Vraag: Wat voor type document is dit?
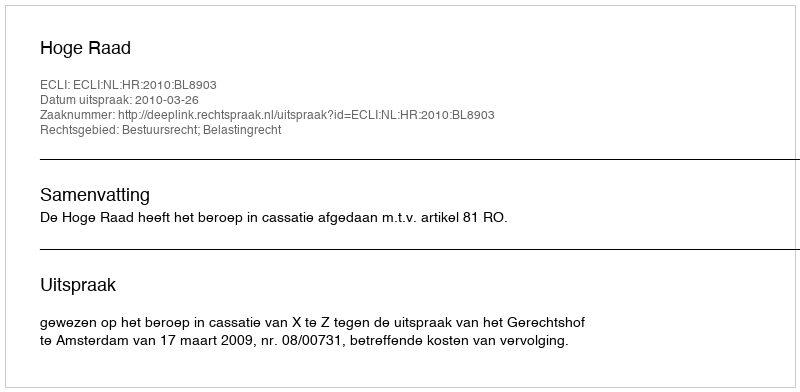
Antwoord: Uitspraak